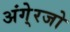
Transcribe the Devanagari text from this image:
अंगे्रजो